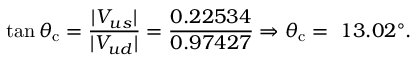
\tan \theta _ { \mathrm { c } } = { \frac { | V _ { u s } | } { | V _ { u d } | } } = { \frac { 0 . 2 2 5 3 4 } { 0 . 9 7 4 2 7 } } \Rightarrow \theta _ { \mathrm { c } } = ~ 1 3 . 0 2 ^ { \circ } .